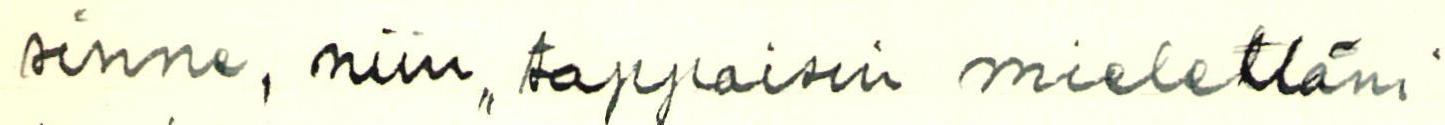
sinne, niin tappaisin mielelläni